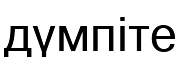
дүмпіте